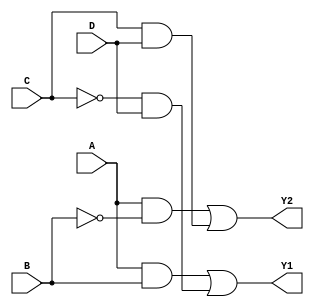
module combinational_logic_block (
    input wire A,    // Input A
    input wire B,    // Input B
    input wire C,    // Input C
    input wire D,    // Input D
    output wire Y1,  // Output Y1
    output wire Y2   // Output Y2
);

// Intermediate signals for multi-level logic
wire notA, notB, notC, notD;
wire and1, and2, or1, or2;

// Level 1: Inversion of inputs
not (notA, A);
not (notB, B);
not (notC, C);
not (notD, D);

// Level 2: AND gates
and (and1, A, B);          // A AND B
and (and2, notC, D);      // NOT C AND D

// Level 3: OR gates
or (or1, and1, and2);     // Combine results of two AND gates

// Level 4: Additional logic for output Y2
wire and3, and4;
and (and3, A, notB);      // A AND NOT B
and (and4, C, D);         // C AND D
or (or2, and3, and4);     // Combine results for Y2

// Final outputs
assign Y1 = or1;          // Output Y1
assign Y2 = or2;          // Output Y2

endmodule